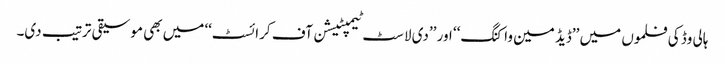
ہالی وڈ کی فلموں میں ’’ڈیڈ مین واکنگ‘‘ اور ’’دی لاسٹ ٹیمپٹیشن آف کرائسٹ‘‘ میں بھی موسیقی ترتیب دی۔